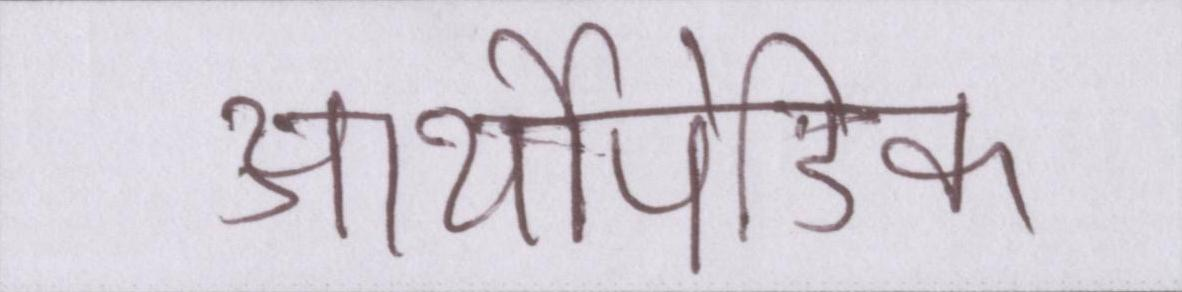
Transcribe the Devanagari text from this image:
आर्थोपेडिक